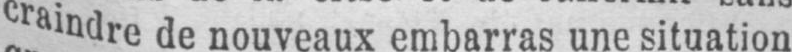
craindre de nouveaux embarras une situation